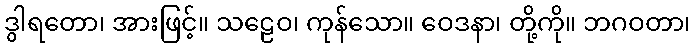
ဒွါရတော၊ အားဖြင့်။ သဠေဝ၊ ကုန်သော။ ဝေဒနာ၊ တို့ကို။ ဘဂဝတာ၊